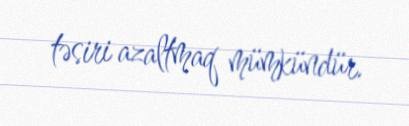
təsiri azaltmaq mümkündür.